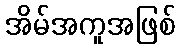
အိမ်အကူအဖြစ်